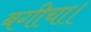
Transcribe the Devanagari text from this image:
बगीचा।